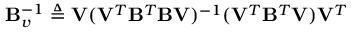
\mathbf { B } _ { v } ^ { - 1 } \triangleq \mathbf { V } ( \mathbf { V } ^ { T } \mathbf { B } ^ { T } \mathbf { B } \mathbf { V } ) ^ { - 1 } ( \mathbf { V } ^ { T } \mathbf { B } ^ { T } \mathbf { V } ) \mathbf { V } ^ { T }